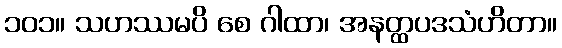
၁၀၁။ သဟဿမပိ စေ ဂါထာ၊ အနတ္ထပဒသံဟိတာ။